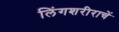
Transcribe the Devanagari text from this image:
लिंगशरीराचें